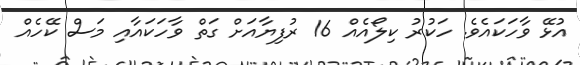
އުޅޭ ވާހަކައެވެ. ހަކުރު ކިލޯއެއް 16 ރުފިޔާއަށް ގަތް ވާހަކައާއި މަސް ކޭހެއް